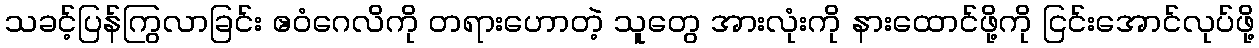
သခင့်ပြန်ကြွလာခြင်း ဧဝံဂေလိကို တရားဟောတဲ့ သူတွေ အားလုံးကို နားထောင်ဖို့ကို ငြင်းအောင်လုပ်ဖို့